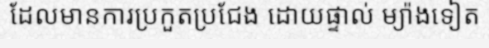
ដែលមានការប្រកួតប្រជែង ដោយផ្ទាល់ ម្យ៉ាងទៀត